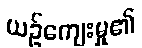
ယဉ်ကျေးမှု၏